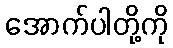
အောက်ပါတို့ကို